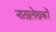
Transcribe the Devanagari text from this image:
नाट्यलेखकों